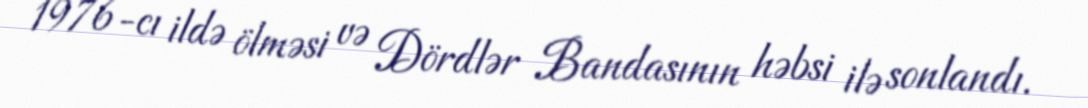
1976-cı ildə ölməsi və Dördlər Bandasının həbsi ilə sonlandı.